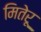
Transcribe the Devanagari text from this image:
मितेरू